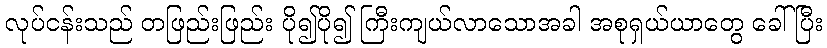
လုပ်ငန်းသည် တဖြည်းဖြည်း ပို၍ပို၍ ကြီးကျယ်လာသောအခါ အစုရှယ်ယာတွေ ခေါ်ပြီး